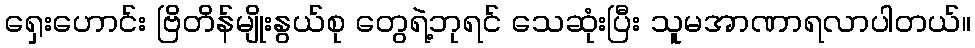
ရှေးဟောင်း ဗြိတိန်မျိုးနွယ်စု တွေရဲ့ဘုရင် သေဆုံးပြီး သူမအာဏာရလာပါတယ်။